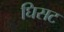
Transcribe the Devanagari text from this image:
घिसट